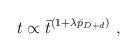
LaTeX: \begin{align*}t \propto \bar{t}^{(1+\lambda \bar{p}_{D+d})} \ ,\end{align*}